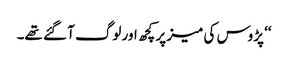
‘‘ پڑوس کی میز پر کچھ اور لوگ آ گئے تھے۔